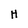
Character: H